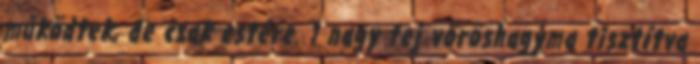
működtek, de csak estére. 1 nagy fej vöröshagyma tisztítva